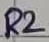
Text: 2KΩ